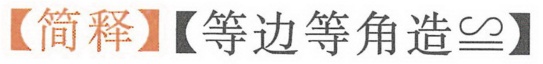
【简释】【等边等角造\(\cong\)】